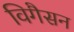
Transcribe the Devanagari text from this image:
विगैसन